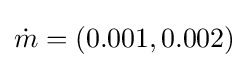
{\dot {m}}=(0.001,0.002)